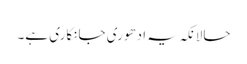
حالانکہ یہ ادھوری جانکاری ہے۔